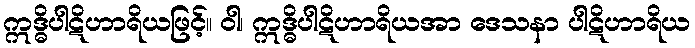
ဣဒ္ဓိပါဋိဟာရိယဖြင့်။ ဝါ၊ ဣဒ္ဓိပါဋိဟာရိယအာ ဒေသနာ ပါဋိဟာရိယ